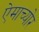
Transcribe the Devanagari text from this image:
ऐमाच्योर